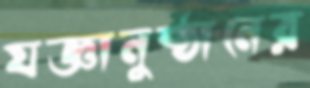
যজ্ঞানুষ্ঠানের